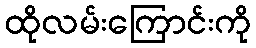
ထိုလမ်းကြောင်းကို